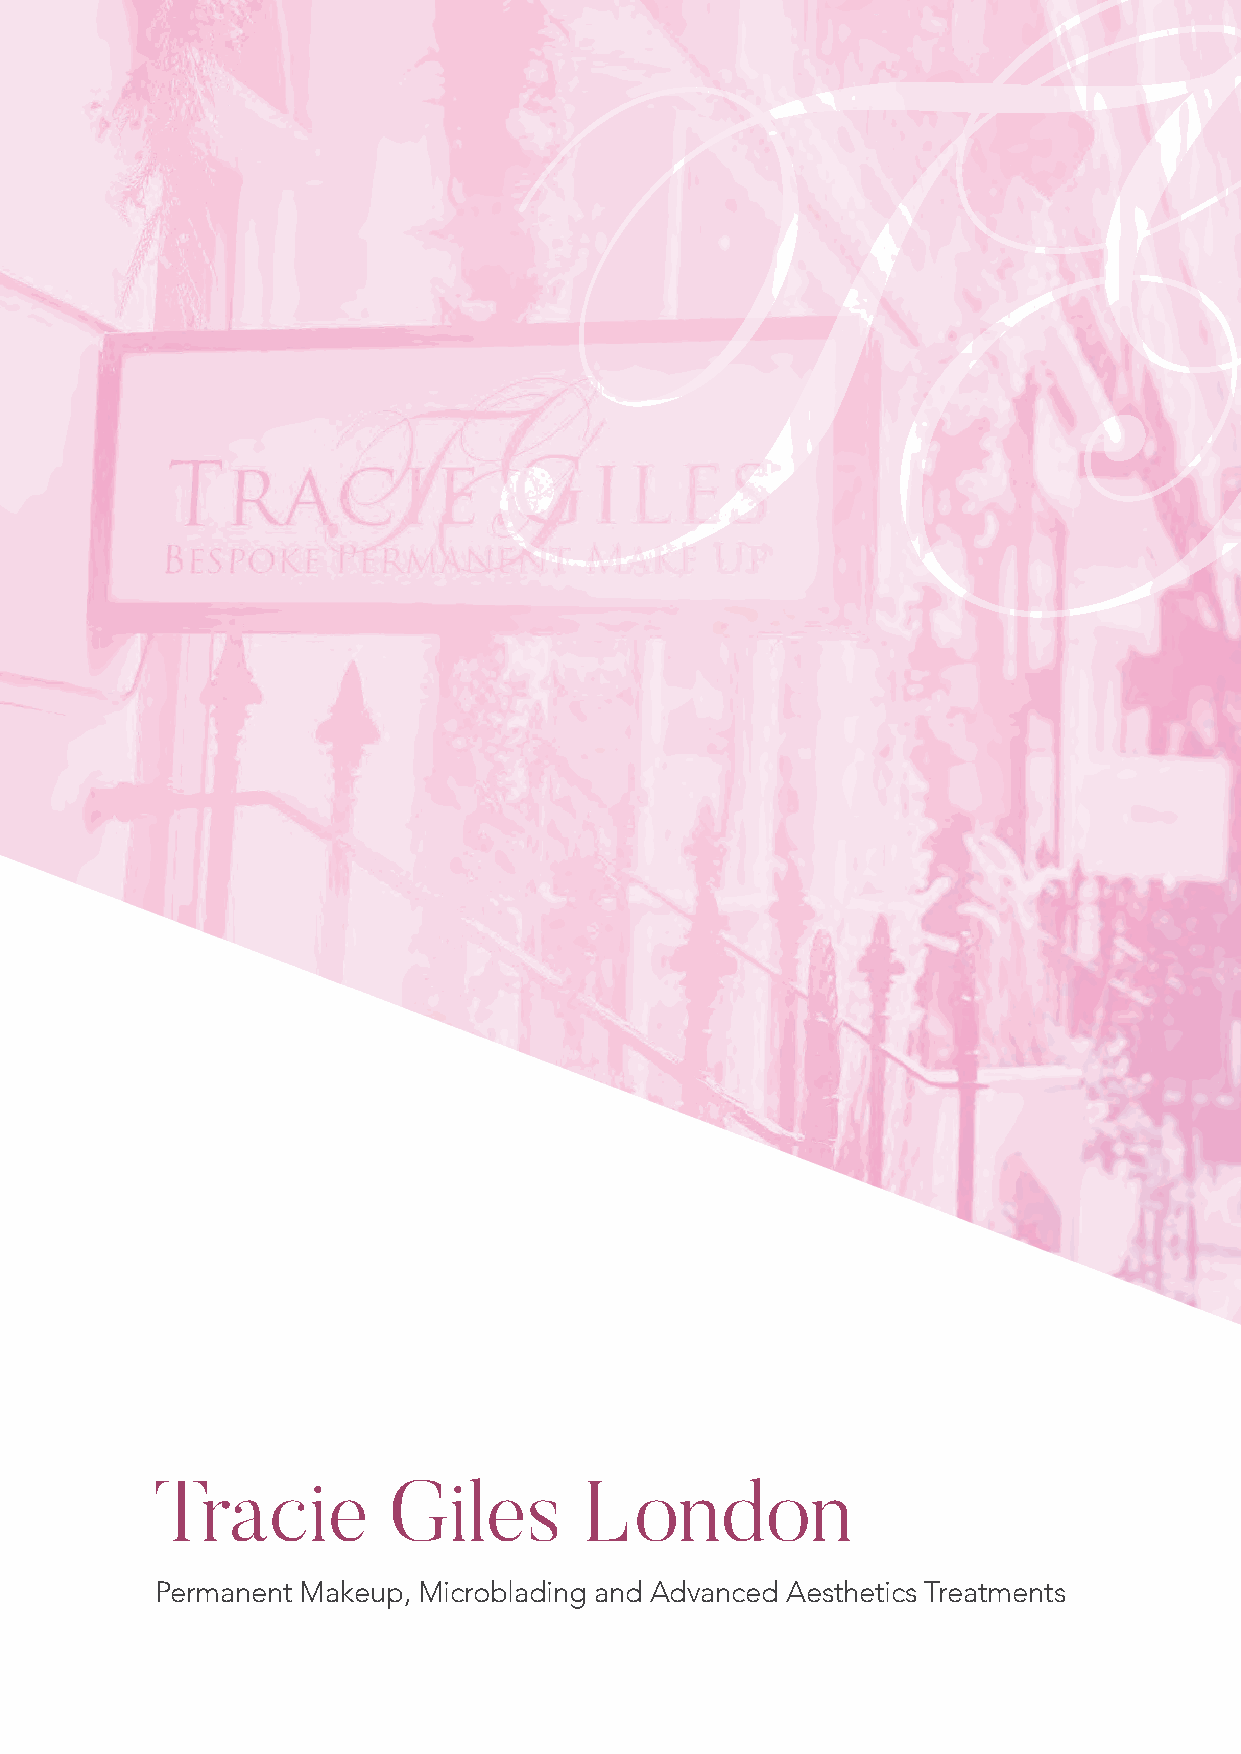
Tracie          Giles        London
 Permanent Makeup, Microblading and Advanced Aesthetics Treatments